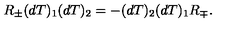
R _ { \pm } ( d T ) _ { 1 } ( d T ) _ { 2 } = - ( d T ) _ { 2 } ( d T ) _ { 1 } R _ { \mp } .